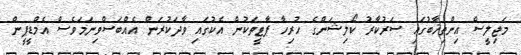
މަޖިލީސް އިންތިޚާބުގައި ސަރުކާރު ކޯލިޝަންގެ ހުރިހާ ޕާޓީތަކުން އެކުގައި ވާދަކުރަން އެއްބަސްވިނަމަވެސް އެމްޑީޕީން